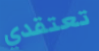
تعتقدي